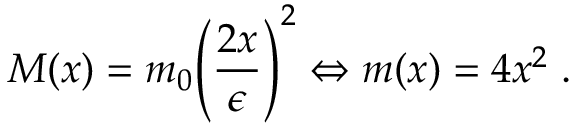
M ( x ) = m _ { 0 } { \left( \frac { 2 x } { \epsilon } \right) } ^ { 2 } \Leftrightarrow m ( x ) = 4 x ^ { 2 } \; .